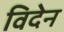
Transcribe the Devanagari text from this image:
विदेन